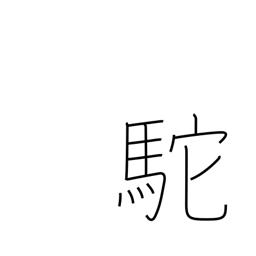
Meaning: hunchback